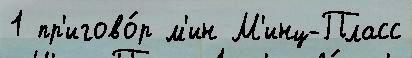
1 пр'игово́р м'ин М'инц-Пласс